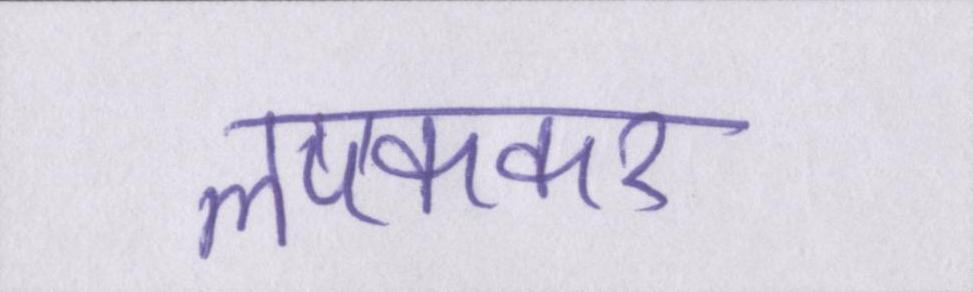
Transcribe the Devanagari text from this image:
लपककर